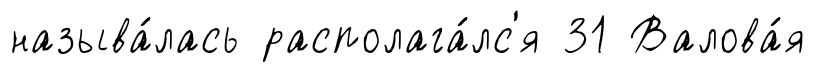
называ́лась располага́лс'я 31 Валова́я